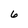
Character: 6